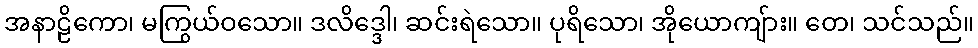
အနာဠိကော၊ မကြွယ်ဝသော။ ဒလိဒ္ဒေါ၊ ဆင်းရဲသော။ ပုရိသော၊ အိုယောကျ်ား။ တေ၊ သင်သည်။